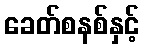
ခေတ်စနစ်နှင့်